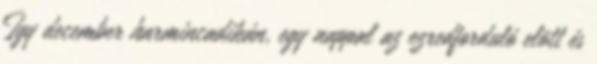
Így december harmincadikán, egy nappal az ezredforduló elõtt és